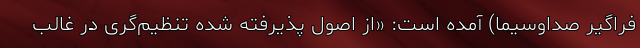
فراگیر صداوسیما) آمده است: «از اصول پذیرفته شده تنظیم‌گری در غالب